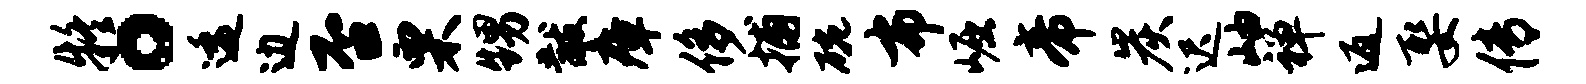
疑。逶边否栗甥黻瘴侈捕碗布崛帝炭迟岫禅返娶传